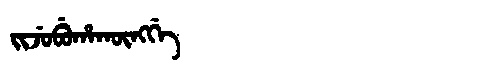
Manchu: ᠵᡳᠵᡠᠪᡠᡥᠠᡴᡡᠩᡤᡝ
Romanization: JIJUBUHAKŪNGGE